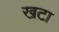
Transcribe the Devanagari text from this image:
खटा